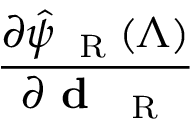
\frac { \partial \hat { \psi } _ { \mathrm { ~ \tiny ~ R ~ } } ( \Lambda ) } { \partial { \textbf { d } _ { \mathrm { ~ \tiny ~ R ~ } } } }